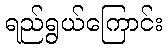
ရည်ရွယ်ကြောင်း